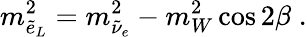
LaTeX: m_{\tilde{e}_{L}}^{2}=m_{\tilde{\nu}_{e}}^{2}-m_{W}^{2}\cos 2\beta\; .